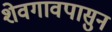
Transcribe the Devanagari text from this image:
शेवगावपासुन